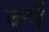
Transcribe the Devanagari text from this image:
जपें